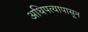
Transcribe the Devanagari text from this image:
अधिपत्यापासून